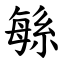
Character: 緐